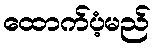
ထောက်ပံ့မည်